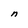
Character: n